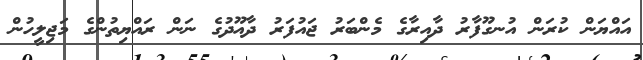
އައްޔަން ކުރަން އުނގޫފާރު ދާއިރާގެ މެންބަރު ޖައުފަރު ދާއޫދުގެ ނަން ރައްޔިތުންގެ މަޖިލީހުން